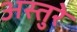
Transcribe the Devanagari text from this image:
अस्तुरे